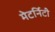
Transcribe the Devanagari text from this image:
मेटर्निटी